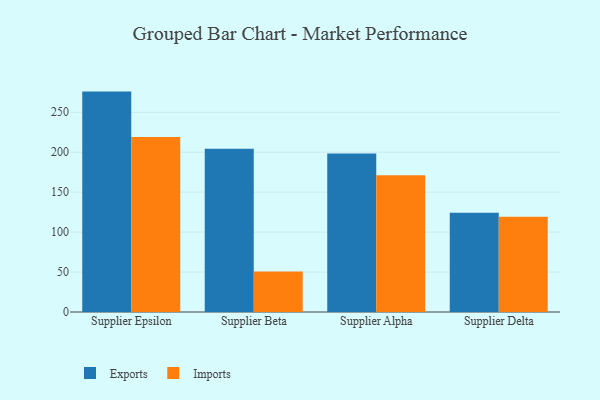
{"axis": {"x": "Supplier", "y": "Budget (USD K)"}, "legend": ["Exports", "Imports"], "data": [{"x": "Supplier Epsilon", "y": 275.9, "type": "Exports"}, {"x": "Supplier Epsilon", "y": 219.0, "type": "Imports"}, {"x": "Supplier Beta", "y": 204.4, "type": "Exports"}, {"x": "Supplier Beta", "y": 50.7, "type": "Imports"}, {"x": "Supplier Alpha", "y": 198.4, "type": "Exports"}, {"x": "Supplier Alpha", "y": 171.3, "type": "Imports"}, {"x": "Supplier Delta", "y": 124.3, "type": "Exports"}, {"x": "Supplier Delta", "y": 119.1, "type": "Imports"}]}